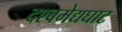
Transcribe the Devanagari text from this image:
दश्‍वमेद्यघाट